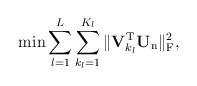
LaTeX: \begin{align*}\min \sum_{l=1}^L \sum_{k_l=1}^{K_l}\|\mathbf{V}^\mathrm{T}_{k_l} \mathbf{U}_{\mathrm{n}}\|_\mathrm{F}^2,\end{align*}